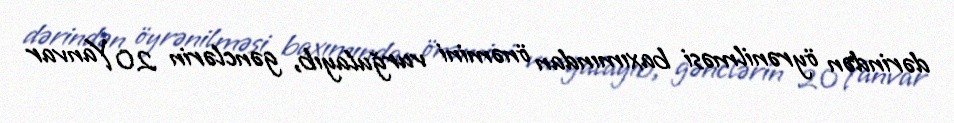
dərindən öyrənilməsi baxımından önəmini vurğulayıb, gənclərin 20 Yanvar